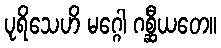
ပုရိသေဟိ မဂ္ဂေါ ဂစ္ဆီယတေ။